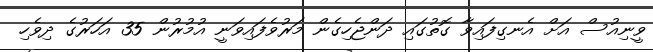
ވީނިއުސް އަށް އެނގިފައިވާ ގޮތުގައި ދަންޖެހިގެން މަރުވެފައިވަނީ އުމުރުން 35 އަހަރުގެ ދިވެހި